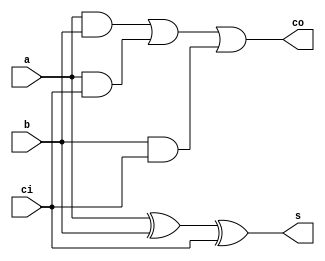
module fulladder(a,b,ci,s,co);
	input wire a,b,ci;
	output wire s,co;
	assign s=(a^b)^ci;
	assign co=(a&b)|(a&ci)|(b&ci);
endmodule

module arithmetic_unit(sel,a,b,ci,g,co);
	input wire a,b,ci;
	input wire [1:0]sel;
	output wire g,co;
	wire co00,co01,co10,co11,g00,g01,g10,g11,nota,notb;
	assign nota=~a;
	assign notb=~b;
	fulladder fa00(a,ci,1'b0,g00,co00);
	fulladder fa01(a,b,ci,g01,co01);
	fulladder fa10(a,notb,ci,g10,co10);
	fulladder fa11(nota,b,ci,g11,co11);
	assign {g,co} = (sel==2'b00)? {g00,co00} :(sel==2'b01)? {g01,co01} :(sel==2'b10)? {g10,co10} :(sel==2'b11)? {g11,co11} :2'b00;
endmodule